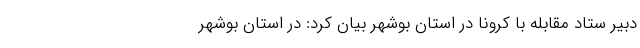
دبیر ستاد مقابله با کرونا در استان بوشهر بیان کرد: در استان بوشهر